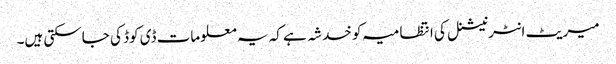
میریٹ انٹرنیشنل کی انتظامیہ کو خدشہ ہے کہ یہ معلومات ڈی کوڈ کی جاسکتی ہیں۔